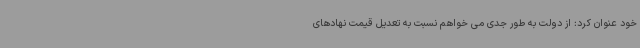
خود عنوان کرد: از دولت به طور جدی می خواهم نسبت به تعدیل قیمت نهادهای